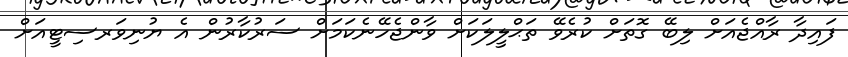
ފައިދާ ރާއްޖެއަށް ލިބޭ ގޮތަށް ކުރެވޭ ތަޙްލީލަކަށް ވާންޖެހޭނެކަމަށް ސަރުކާރުން އެ ޔުނިވަރސިޓީއަށް